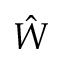
\hat { W }